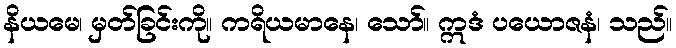
နိယမေ၊ မှတ်ခြင်းကို။ ကရိယမာနေ၊ သော်။ ဣဒံ ပယောဇနံ၊ သည်။